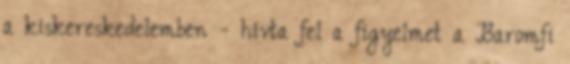
a kiskereskedelemben - hívta fel a figyelmet a Baromfi